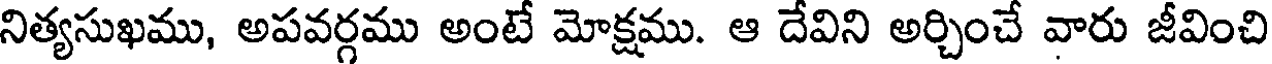
నిత్యసుఖము, అపవర్గము అంటే మోక్షము. ఆ దేవిని అర్చించే వారు జీవించి